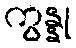
ကွန္နု